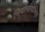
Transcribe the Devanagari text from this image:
नियोनोपोलिस